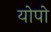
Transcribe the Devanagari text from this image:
योपो